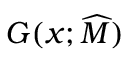
G ( x ; \widehat { M } )